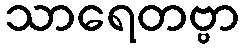
သာရေတဗ္ဗာ